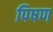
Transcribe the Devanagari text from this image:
पिषण